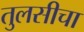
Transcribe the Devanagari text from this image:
तुलसीचा